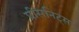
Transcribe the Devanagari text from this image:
प्रीसनिट्स